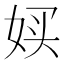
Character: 𫰨